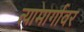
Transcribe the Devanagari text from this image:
त्यामार्गावर